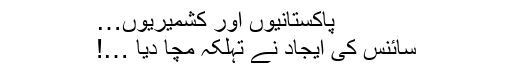
پاکستانیوں اور کشمیریوں…
سائنس کی ایجاد نے تہلکہ مچا دیا …!